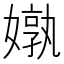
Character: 𪦝